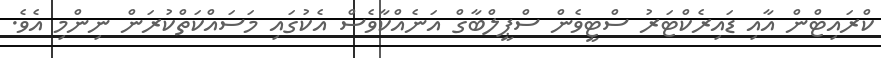
ކްރައިޓްން އާއި ޑައިރެކްޓަރު ސްޓީވެން ސްޕީލްބާގް އަނެއްކާވެސް އެކުގައި މަސައްކަތްކުރަން ނިންމި އެވެ.